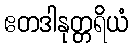
ဧတဒါနုတ္တရိယံ